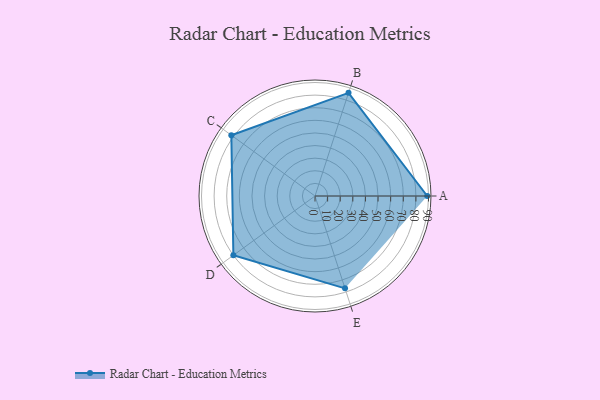
{"axis": {"x": "Skill", "y": "Score"}, "legend": ["Profile"], "data": [{"x": "A", "y": 89.0, "type": "Profile"}, {"x": "B", "y": 86.0, "type": "Profile"}, {"x": "C", "y": 82.0, "type": "Profile"}, {"x": "D", "y": 80.0, "type": "Profile"}, {"x": "E", "y": 77.0, "type": "Profile"}]}